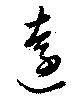
遠